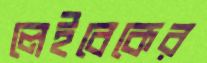
লেইবেকের